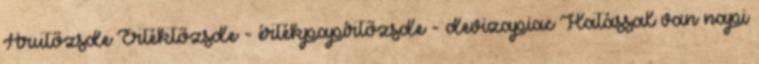
Árutőzsde Értéktőzsde - értékpapírtőzsde - devizapiac Hatással van napi